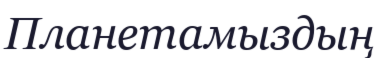
Планетамыздың